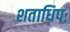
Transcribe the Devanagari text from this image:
शताधिपः